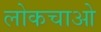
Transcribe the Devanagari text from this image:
लोकचाओ